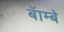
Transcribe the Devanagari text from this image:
बॅाम्बे